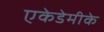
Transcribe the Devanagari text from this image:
एकेडेमीके